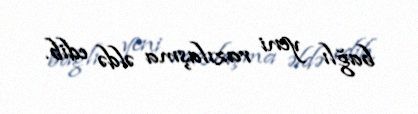
bağlı yeni razılaşma əldə edib.